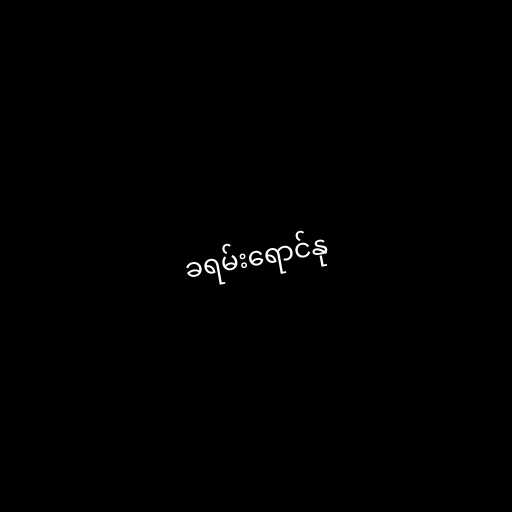
ခရမ်းရောင်နု